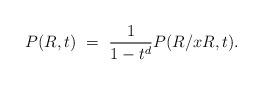
LaTeX: \begin{align*}P(R,t)\ =\ \frac{1}{1-t^d}P(R/xR,t).\end{align*}